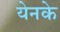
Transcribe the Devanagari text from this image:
येनके